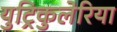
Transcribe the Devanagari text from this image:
युट्रिकुलेरिया